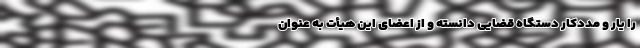
را یار و مددکار دستگاه قضایی دانسته و از اعضای این هیأت به عنوان